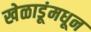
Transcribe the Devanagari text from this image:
खेळाडूंमधून